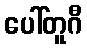
ပေါ်တူဂီ